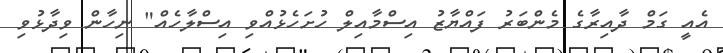
އެއީ ގަމް ދާއިރާގެ މެންބަރު ފައްޔާޒު އިސްމާއިލް ހުށަހެޅުއްވި އިސްލާހެއް" ނިހާން ވިދާޅުވި